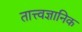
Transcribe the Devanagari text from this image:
तात्त्वज्ञानिक